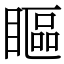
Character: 瞘